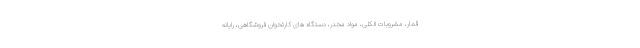
قمار، مشروبات الکلی، مواد مخدر، دستگاه های کارتخوان فروشگاهی، رایانه